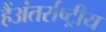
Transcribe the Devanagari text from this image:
हैंअंतर्राष्ट्रीय